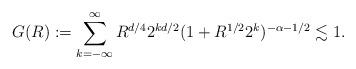
LaTeX: \begin{align*}G(R):=\sum_{k=-\infty}^{\infty}R^{d/4}2^{kd/2}(1+R^{1/2}2^{k})^{-\alpha-1/2}\lesssim1.\end{align*}